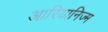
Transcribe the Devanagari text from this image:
आरियानिज्म